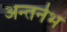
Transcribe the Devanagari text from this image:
अन्तर्नभ